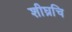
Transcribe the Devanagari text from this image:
शीघ्रचि